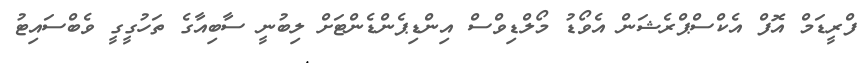
ފްރީޑަމް އޮފް އެކްސްޕްރެޝަން އެވޯޑު މޯލްޑިވްސް އިންޑިޕެންޑެންޓަށް ލިބުނީ ސާބިއާގެ ތަހުގީގީ ވެބްސައިޓު